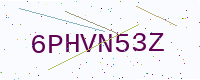
Text: 6PHVN53Z